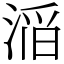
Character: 㴞